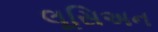
લૂસિઅન